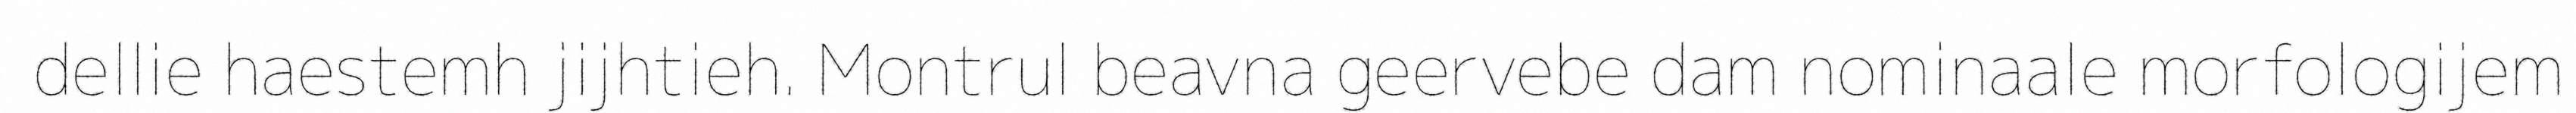
dellie haestemh jijhtieh. Montrul beavna geervebe dam nominaale morfologijem